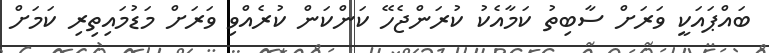
ބައްޕައަކީ ވަރަށް ސާބިތު ކަމާއެކު ކުރަންޖެހޭ ކަންކަން ކުރެއްވި ވަރަށް މަޑުމައިތިރި ކަމަށް